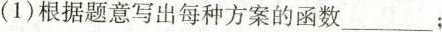
(1)根据题意写出每种方案的函数___；